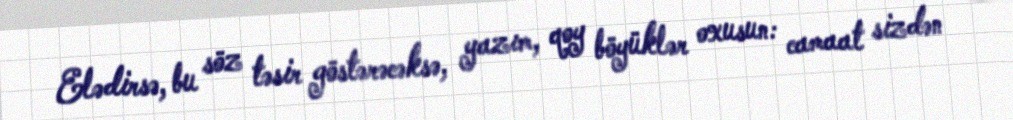
Elədirsə, bu söz təsir göstərəcəksə, yazım, qoy böyüklər oxusun: camaat sizdən